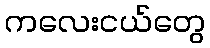
ကလေးငယ်တွေ